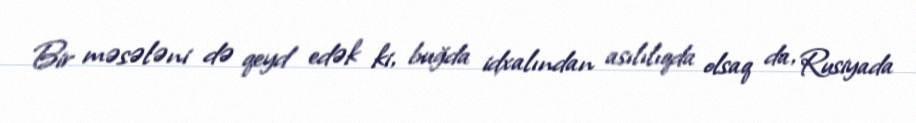
Bir məsələni də qeyd edək ki, buğda idxalından asılılıqda olsaq da, Rusiyada